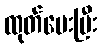
ထုတ်ပေးပြီး